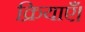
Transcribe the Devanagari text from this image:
क्रियाएँ।